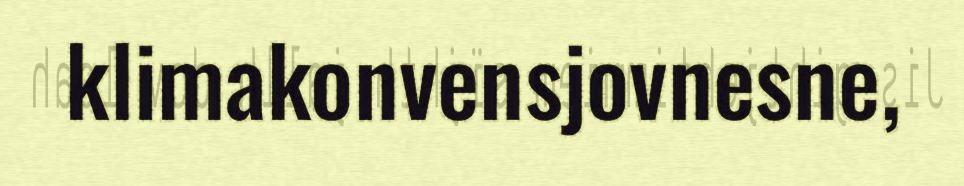
klimakonvensjovnesne,